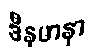
ဒီနမာနာ